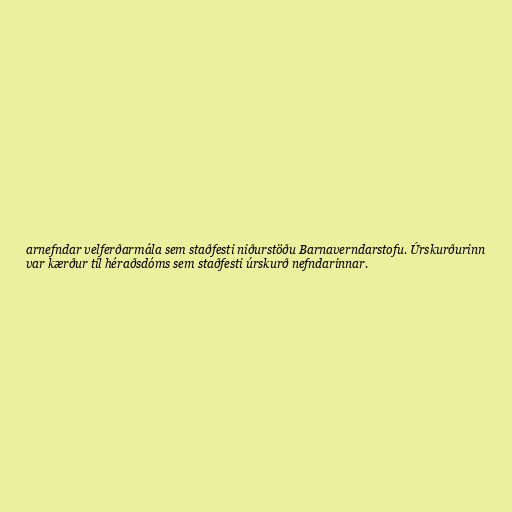
arnefndar velferðarmála sem staðfesti niðurstöðu Barnaverndarstofu. Úrskurðurinn
var kærður til héraðsdóms sem staðfesti úrskurð nefndarinnar.